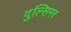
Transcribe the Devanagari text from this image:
दुल्सिमर